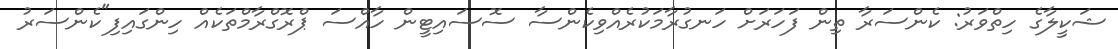
ޝަކީލާގެ ހިތްވަރު: ކެންސަރާ ތިން ފަހަރަށް ހަނގުރާމަކުރެއްވިކެންސާ ސޮސައިޓީން ހާއްސަ ޕްރޮގްރާމްތަކެއް ހިންގައިފި"ކެންސަރު